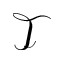
\mathcal { T }